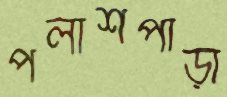
পলাশপাড়া